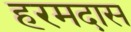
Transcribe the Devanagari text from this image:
हरमदास